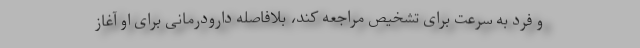
و فرد به سرعت برای تشخیص مراجعه کند، بلافاصله دارودرمانی برای او آغاز